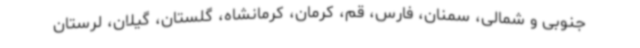
جنوبی و شمالی، سمنان، فارس، قم، کرمان، کرمانشاه، گلستان، گیلان، لرستان